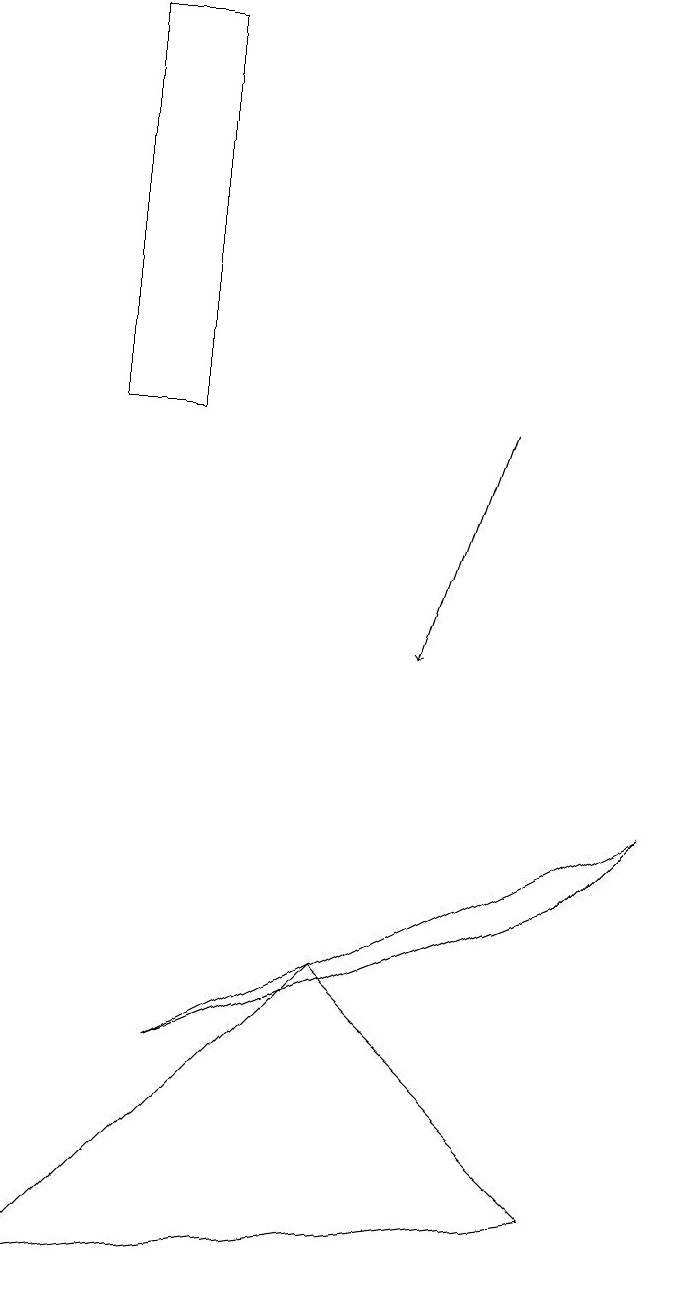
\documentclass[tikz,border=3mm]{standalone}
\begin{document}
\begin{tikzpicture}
\draw (9,8) -- (3,5) -- (8,7) -- cycle;
\draw (8,3) -- (1,2) -- (5,6) -- cycle;
\draw[->] (7,13) -- (6,10);
\draw (3,13) rectangle (2,18);
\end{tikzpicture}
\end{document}